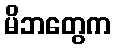
မိဘတွေက